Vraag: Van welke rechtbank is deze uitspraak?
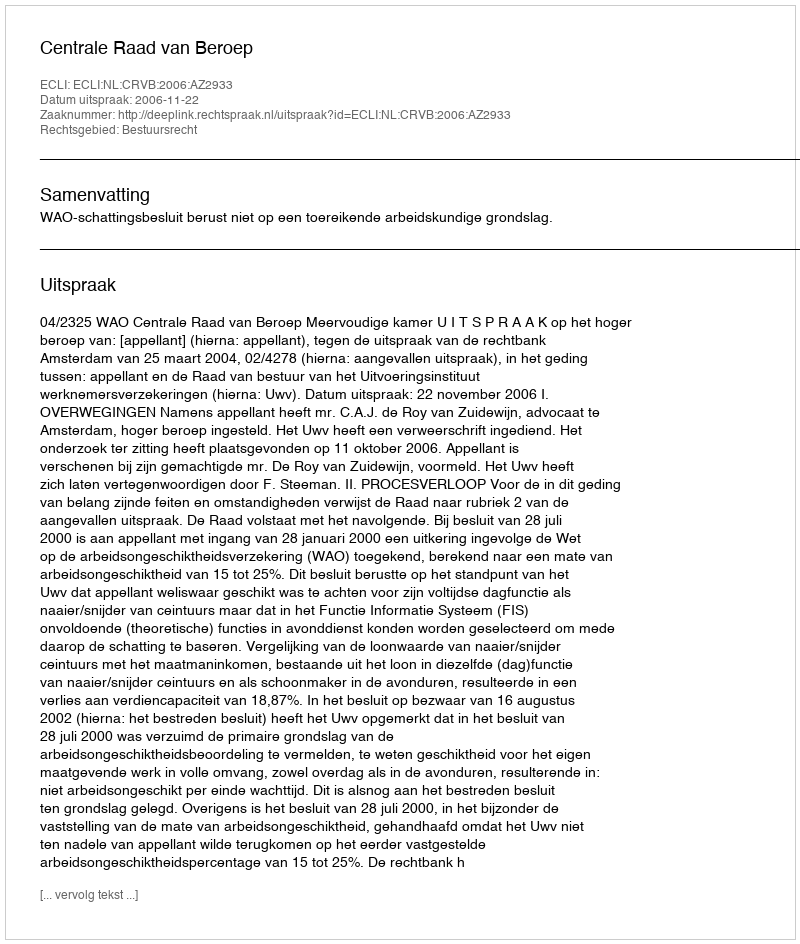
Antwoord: Centrale Raad van Beroep